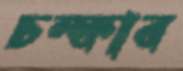
চম্‌কাব